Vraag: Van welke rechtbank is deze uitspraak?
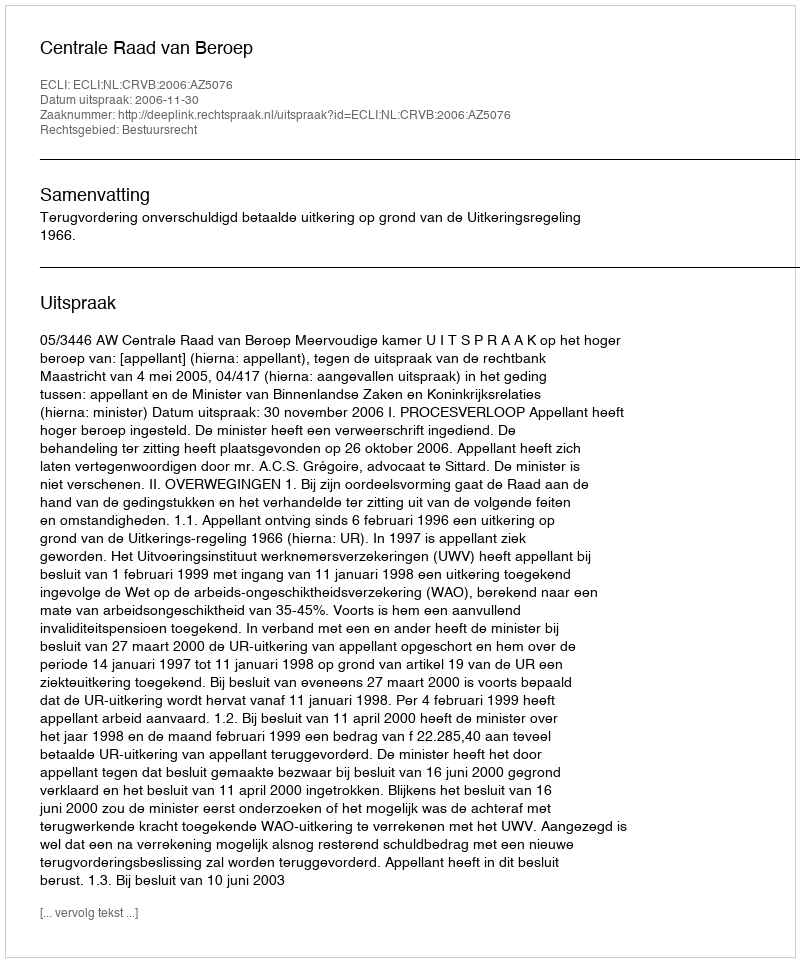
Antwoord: Centrale Raad van Beroep